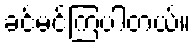
ခင်မင်ကြပါတယ်။